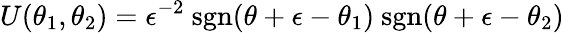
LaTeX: U(\theta_{1},\theta_{2})=\epsilon^{-2}\mathrm{~sgn}(\theta+\epsilon-\theta_{1})\mathrm{~sgn}(\theta+\epsilon-\theta_{2})